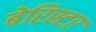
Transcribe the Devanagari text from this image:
बेरिस्टर